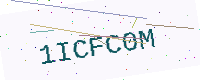
Text: 1ICFC0M